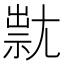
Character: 㞊